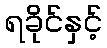
ရခိုင်နှင့်